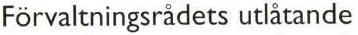
Förvaltningsrädets utlátande